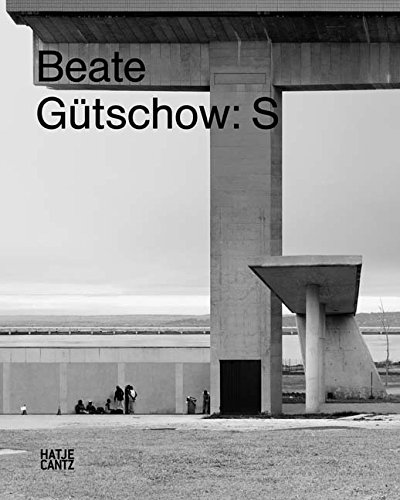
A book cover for Beate Gutschow: S; Ulrich Bischoff; Arts & Photography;